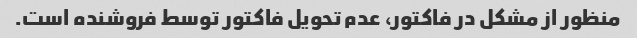
منظور از مشکل در فاکتور، عدم تحویل فاکتور توسط فروشنده است.